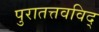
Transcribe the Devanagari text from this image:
पुरातत्तवविद्